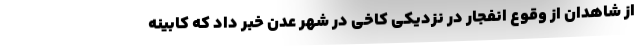
از شاهدان از وقوع انفجار در نزدیکی کاخی در شهر عدن خبر داد که کابینه